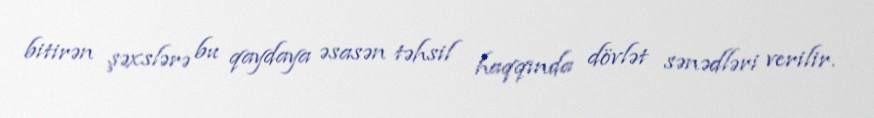
bitirən şəxslərə bu qaydaya əsasən təhsil haqqında dövlət sənədləri verilir.